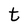
Character: t